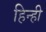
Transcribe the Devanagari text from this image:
हिन्ही